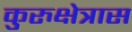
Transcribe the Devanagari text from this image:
कुरुक्षेत्रास